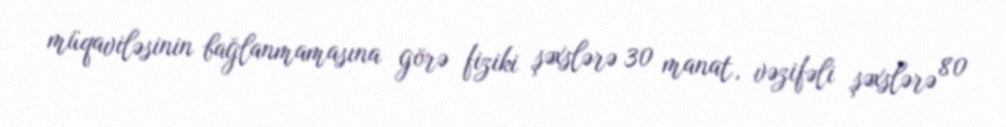
müqaviləsinin bağlanmamasına görə fiziki şəxslərə 30 manat, vəzifəli şəxslərə 80